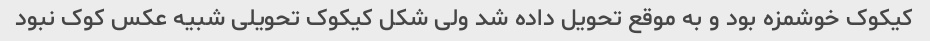
کیکوک خوشمزه بود و به موقع تحویل داده شد ولی شکل کیکوک تحویلی شبیه عکس کوک نبود